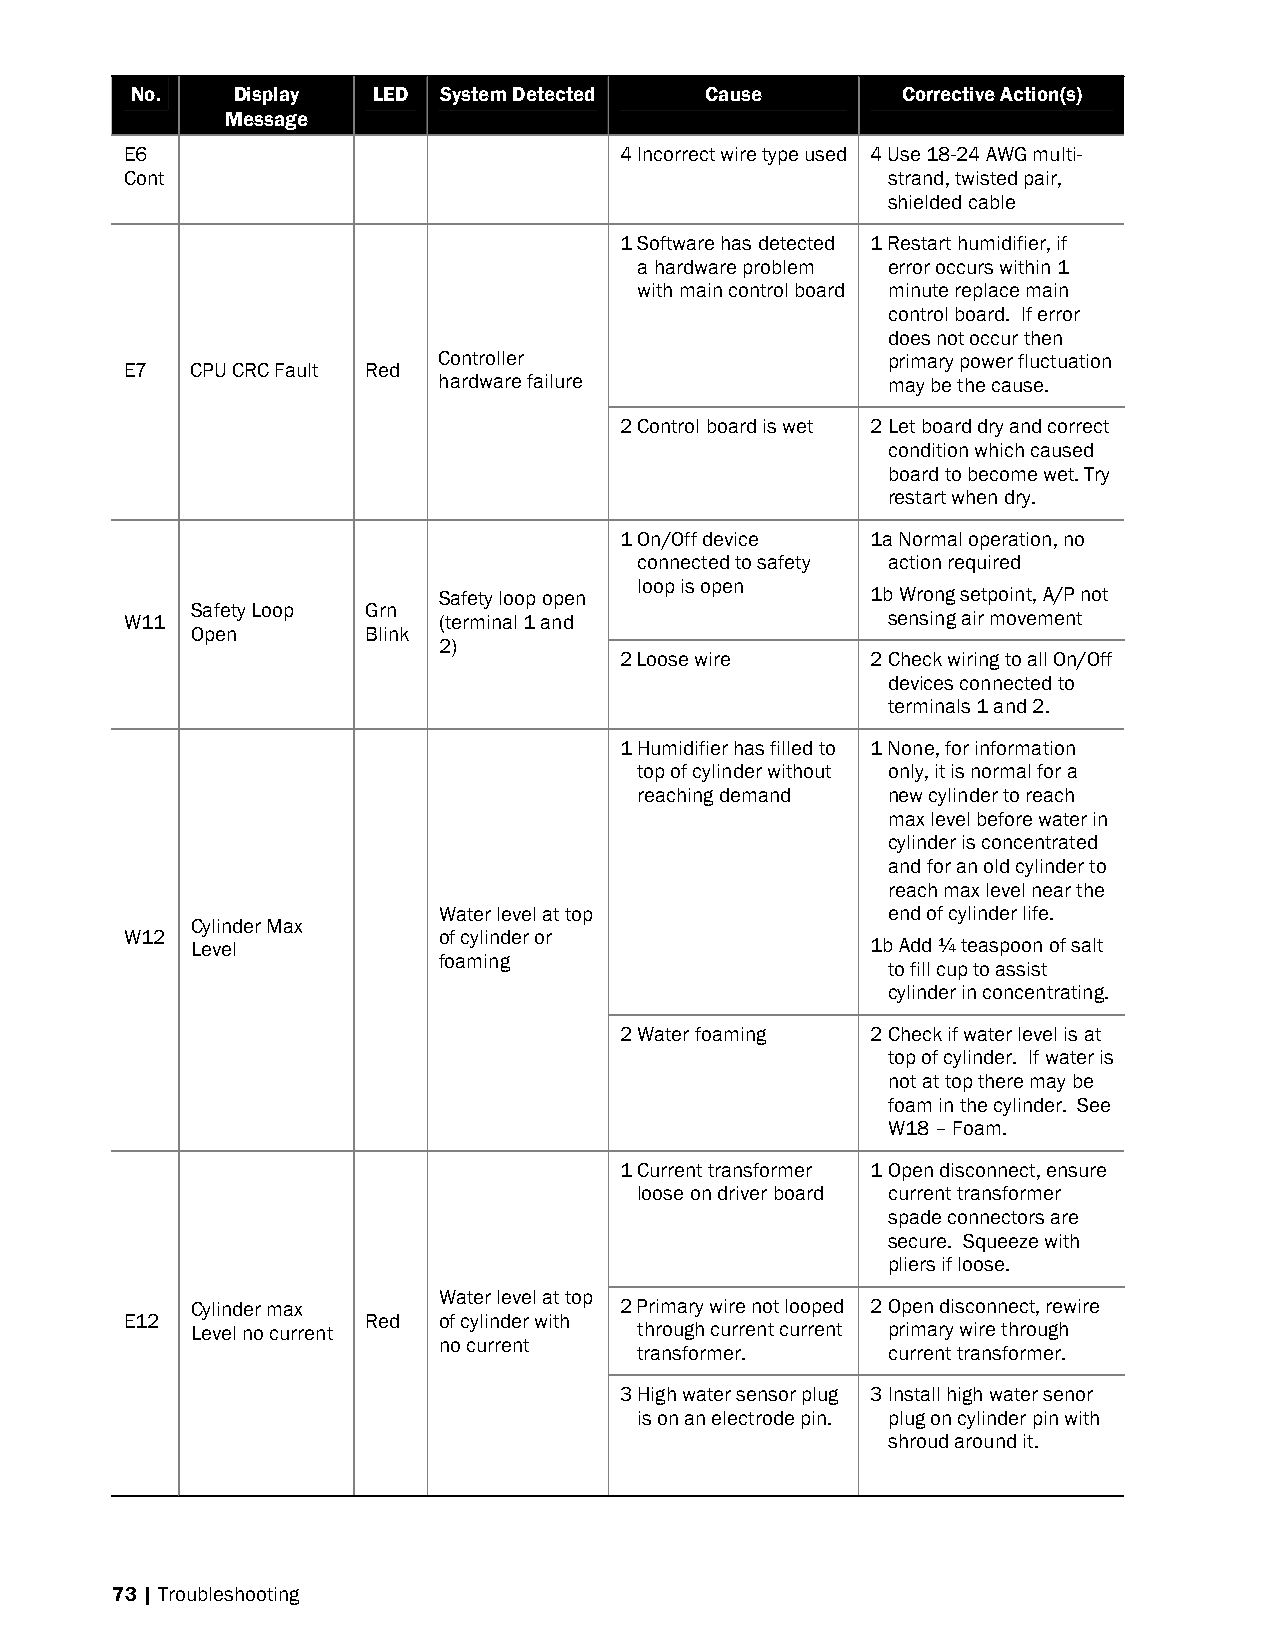
No.   Display   LED System Detected   Cause        Corrective Action(s)
 Message
 E6                               4 Incorrect wire type used 4 Use 18-24 AWG multi-
 Cont                                               strand, twisted pair,
 shielded cable
 1 Software has detected 1 Restart humidifier, if
 a hardware problem error occurs within 1
 with main control board minute replace main
 control board. If error
 does not occur then
 Controller                    primary power fluctuation
 E7   CPU CRC Fault Red
 hardware failure              may be the cause.
 2 Control board is wet 2 Let board dry and correct
 condition which caused
 board to become wet. Try
 restart when dry.
 1 On/Off device  1a Normal operation, no
 connected to safety action required
 loop is open
 Safety loop open             1b Wrong setpoint, A/P not
 Safety Loop Grn
 W11                  (terminal 1 and               sensing air movement
 Open       Blink
 2)
 2 Loose wire     2 Check wiring to all On/Off
 devices connected to
 terminals 1 and 2.
 1 Humidifier has filled to 1 None, for information
 top of cylinder without only, it is normal for a
 reaching demand  new cylinder to reach
 max level before water in
 cylinder is concentrated
 and for an old cylinder to
 reach max level near the
 Water level at top            end of cylinder life.
 Cylinder Max
 W12                  of cylinder or
 Level                                        1b Add ¼ teaspoon of salt
 foaming
 to fill cup to assist
 cylinder in concentrating.
 2 Water foaming  2 Check if water level is at
 top of cylinder. If water is
 not at top there may be
 foam in the cylinder. See
 W18 – Foam.
 1 Current transformer 1 Open disconnect, ensure
 loose on driver board current transformer
 spade connectors are
 secure. Squeeze with
 pliers if loose.
 Water level at top
 Cylinder max                2 Primary wire not looped 2 Open disconnect, rewire
 E12             Red  of cylinder with
 Level no current             through current current primary wire through
 no current
 transformer.     current transformer.
 3 High water sensor plug 3 Install high water senor
 is on an electrode pin. plug on cylinder pin with
 shroud around it.
 73 | Troubleshooting